Report of the Municipal Commissioner on the plague in Bombay for the year ending 31st May... - Volume 3
Disease focus: Plague
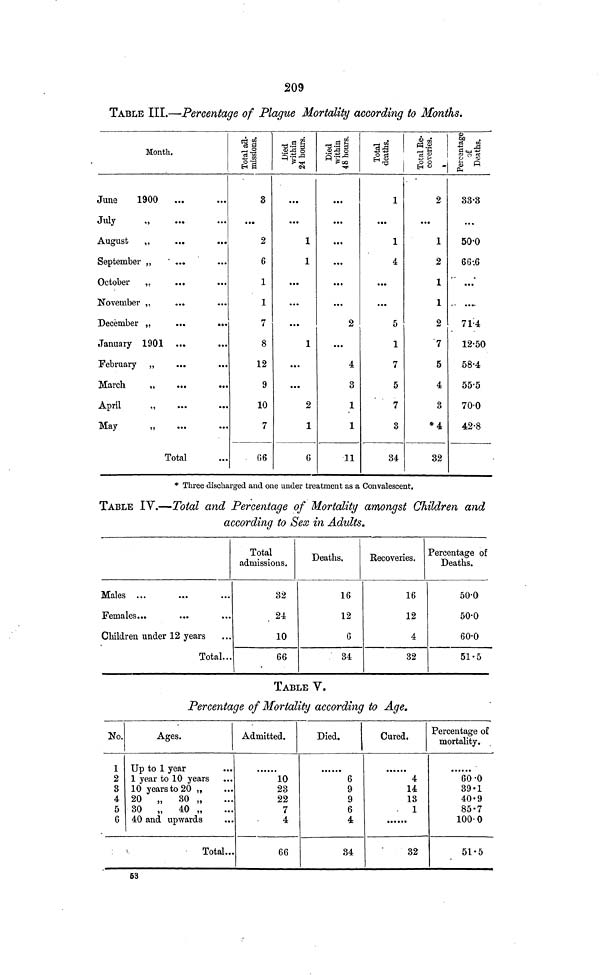
209
TABLE III.—Percentage of Plague Mortality according to Months.
Month.
June
1900
July
.,
August
,,
September „
' ...
October
„
...
November „
December „
...
...
January 1901
February „
March
„
...
...
April
,,
May
Total
3
• ••
2
6
1
1
7
8
12
9
10
7
...
...
1
1
• ••
...
• • •
1
...
...
2
1
6
. . .
...
...
...
...
...
2
...
4
3
1
1
11
i
...
i
4
...
...
5
1
7
5
7
3
34
2
...
1
2
1
1
2
7
5
4
3
*4
32
33·3
...
50·0
6 6 ·6
...
71·4
12·50
58·4
55·5
70·0
42·8
* Three discharged and one under treatment as a Convalescent.
TABLE IY.—Total and Percentage of Mortality amongst Children and
according to Sex in Adults.
Males ...
Females...
Children under 12 years
Total...
Total
admissions.
32
10
66
Deaths,
16
12
6
34
Recoveries.
16
12
4
32
Percentage of
Deaths.
50·0
50·0
60·0
51·5
TABLE V.
Percentage of Mortality according to Age.
No.
1
2
3
4
5
6
Ages.
Up to 1 year
1 year to 10 years
10 years to 20 „
20 „
30 „
30 „
40 „
40 and upwards
Total...
Admitted.
10
23
22
7
4
66
Died.
6
9
9
6
4
34
Cured.
4
14
13
. 1
32
Percentage of
mortality.
60·0
39·1
40·9
85·7
100·0
51·5
53